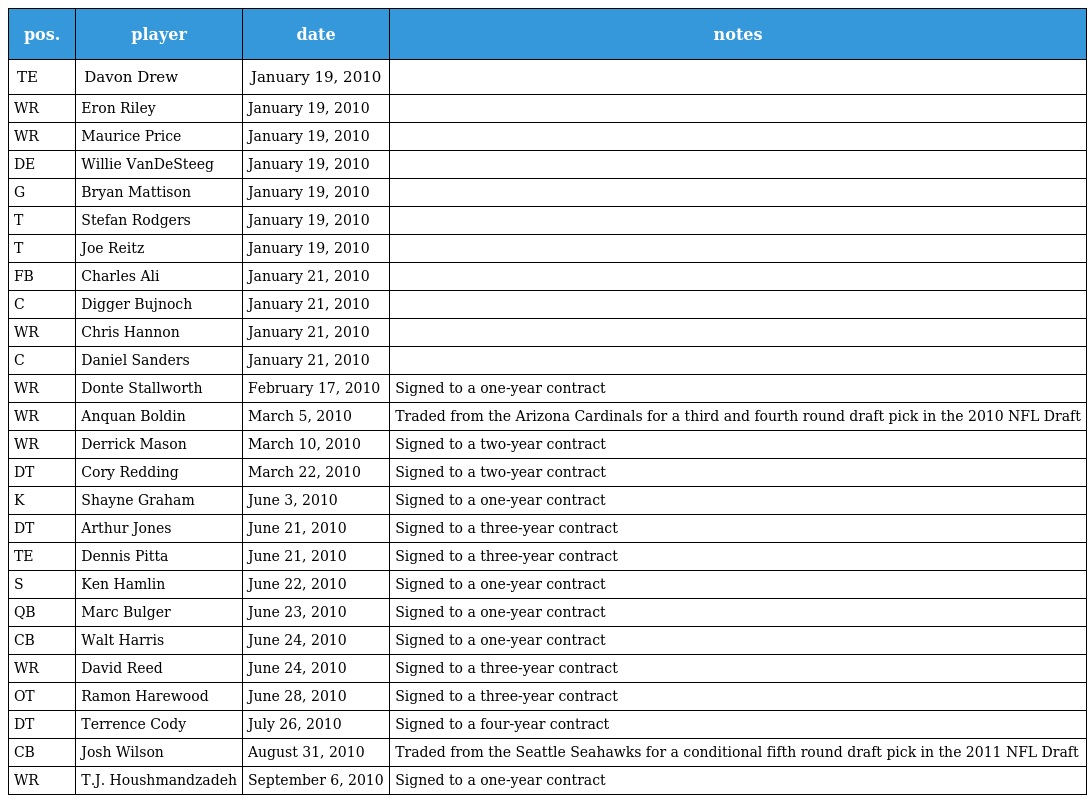
| pos. | player | date | notes |
 | --- | --- | --- | --- |
 | TE | Davon Drew | January 19, 2010 |  |
 | WR | Eron Riley | January 19, 2010 |  |
 | WR | Maurice Price | January 19, 2010 |  |
 | DE | Willie VanDeSteeg | January 19, 2010 |  |
 | G | Bryan Mattison | January 19, 2010 |  |
 | T | Stefan Rodgers | January 19, 2010 |  |
 | T | Joe Reitz | January 19, 2010 |  |
 | FB | Charles Ali | January 21, 2010 |  |
 | C | Digger Bujnoch | January 21, 2010 |  |
 | WR | Chris Hannon | January 21, 2010 |  |
 | C | Daniel Sanders | January 21, 2010 |  |
 | WR | Donte Stallworth | February 17, 2010 | Signed to a one-year contract |
 | WR | Anquan Boldin | March 5, 2010 | Traded from the Arizona Cardinals for a third and fourth round draft pick in the 2010 NFL Draft |
 | WR | Derrick Mason | March 10, 2010 | Signed to a two-year contract |
 | DT | Cory Redding | March 22, 2010 | Signed to a two-year contract |
 | K | Shayne Graham | June 3, 2010 | Signed to a one-year contract |
 | DT | Arthur Jones | June 21, 2010 | Signed to a three-year contract |
 | TE | Dennis Pitta | June 21, 2010 | Signed to a three-year contract |
 | S | Ken Hamlin | June 22, 2010 | Signed to a one-year contract |
 | QB | Marc Bulger | June 23, 2010 | Signed to a one-year contract |
 | CB | Walt Harris | June 24, 2010 | Signed to a one-year contract |
 | WR | David Reed | June 24, 2010 | Signed to a three-year contract |
 | OT | Ramon Harewood | June 28, 2010 | Signed to a three-year contract |
 | DT | Terrence Cody | July 26, 2010 | Signed to a four-year contract |
 | CB | Josh Wilson | August 31, 2010 | Traded from the Seattle Seahawks for a conditional fifth round draft pick in the 2011 NFL Draft |
 | WR | T.J. Houshmandzadeh | September 6, 2010 | Signed to a one-year contract |